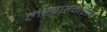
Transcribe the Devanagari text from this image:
लेखसंगहात